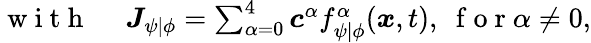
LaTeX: \begin{array}{rl}{\mathrm{~w~i~t~h~}\ }&{{}\boldsymbol{J}_{\psi\vert\phi}=\sum_{\alpha=0}^{4}\boldsymbol{c}^{\alpha}f_{\psi\vert\phi}^{\alpha}(\boldsymbol{x},t),\ \mathrm{~f~o~r~}\alpha\neq 0,}\end{array}